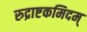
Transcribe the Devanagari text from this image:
रुद्राष्टकमिदम्